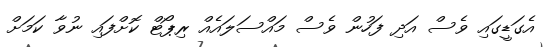
އެގަޑީގައި ވެސް އަދި ފަހުން ވެސް މައްސަލައެއް ރިޕޯޓް ކޮށްފައި ނުވާ ކަމަށް